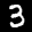
Label: 3